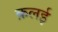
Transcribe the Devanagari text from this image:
क़लई